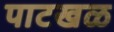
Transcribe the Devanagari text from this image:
पाटखळ